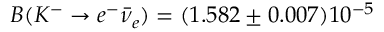
B ( K ^ { - } \to e ^ { - } \bar { \nu } _ { e } ) = ( 1 . 5 8 2 \pm 0 . 0 0 7 ) 1 0 ^ { - 5 }